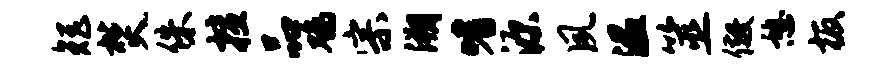
矩焚侏擅品鸡宗溯嗜源夙温筮儆憩板